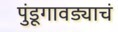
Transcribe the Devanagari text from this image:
पुंडूगावड्याचं